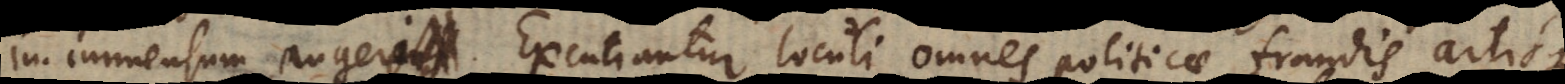
in immensum augerent. Excutiantur loculi omnes politicae fraudis artisque